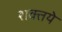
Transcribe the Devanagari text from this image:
शक्तये